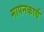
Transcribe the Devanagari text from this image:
मापनकार्य